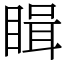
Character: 䁒